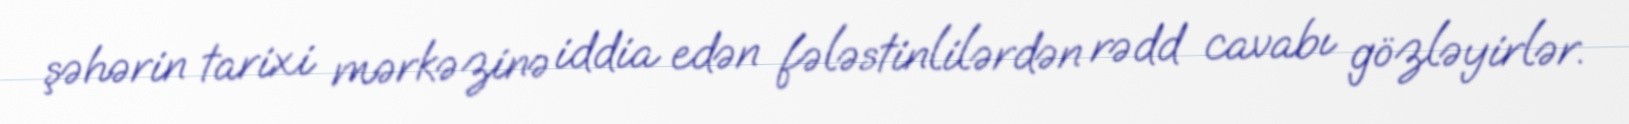
şəhərin tarixi mərkəzinə iddia edən fələstinlilərdən rədd cavabı gözləyirlər.